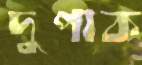
দুপাক